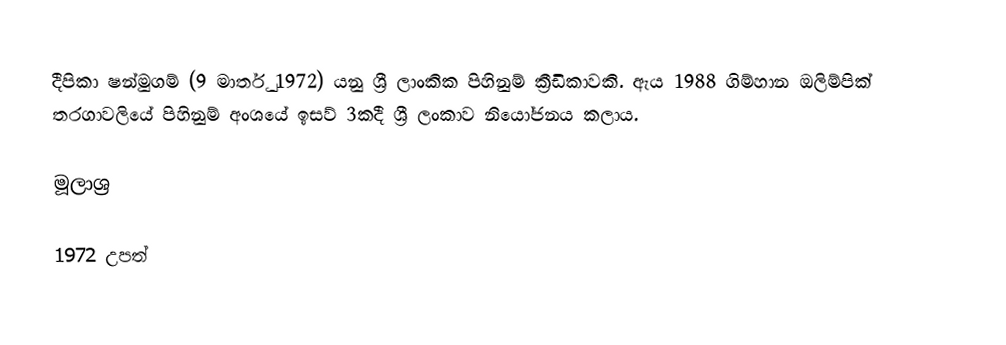
දීපිකා ෂන්මුගම් (9 මාර්තු 1972) යනු ශ්‍රී ලාංකික පිහිනුම් ක්‍රීඩිකාවකි. ඇය 1988 ගිම්හාන ඔලිම්පික් තරගාවලියේ පිහිනුම් අංශයේ ඉසව් 3කදී ශ්‍රී ලංකාව නියෝජනය කලාය.

මූලාශ්‍ර

1972 උපත්